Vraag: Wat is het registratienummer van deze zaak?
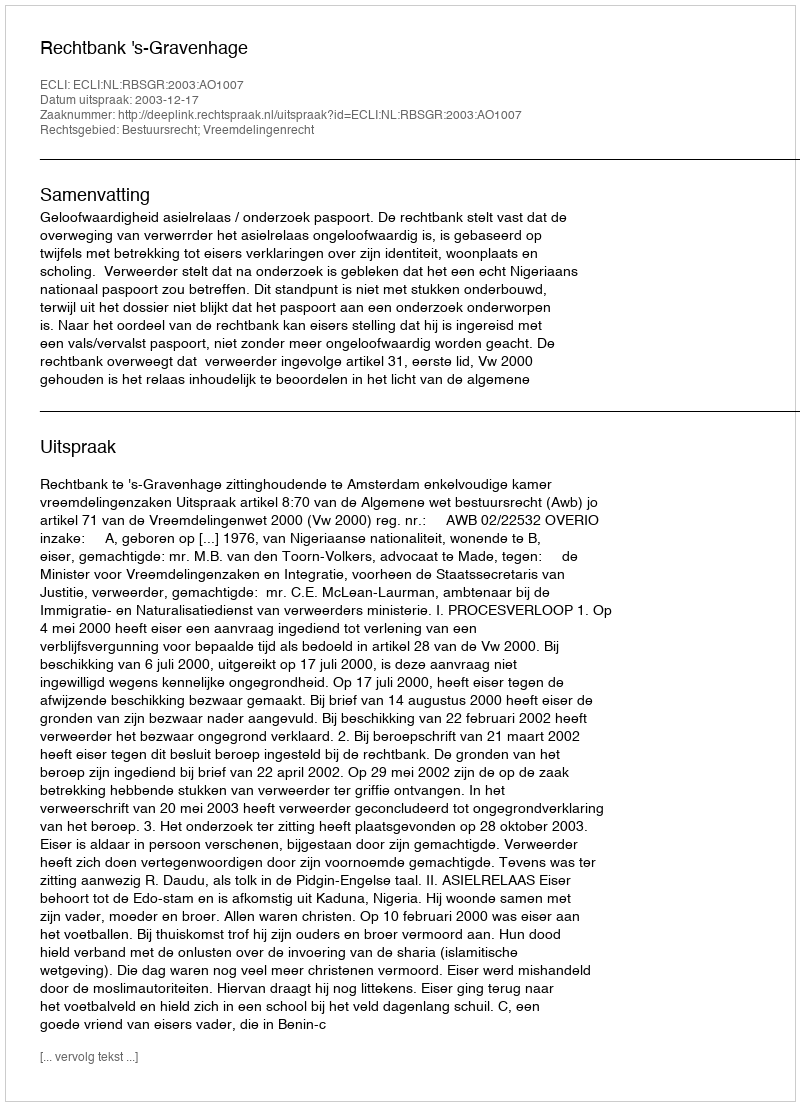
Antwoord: http://deeplink.rechtspraak.nl/uitspraak?id=ECLI:NL:RBSGR:2003:AO1007